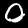
Digit: 0